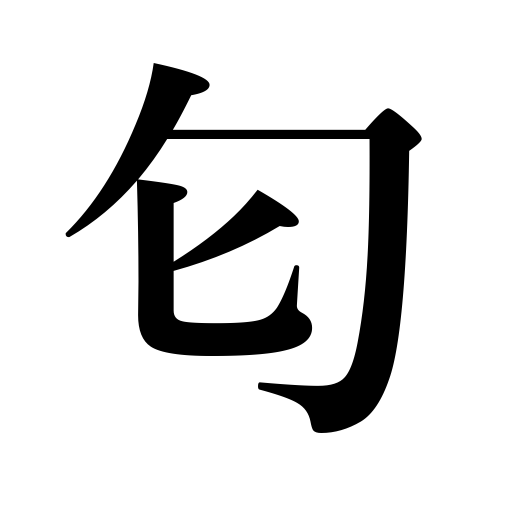
Meanings: stink,be fragrant,glow,smell,be bright